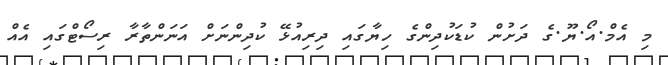
މި އެމް.އޯ.ޔޫ.ގެ ދަށުން ކުޑަކުދިންގެ ހިޔާގައި ދިރިއުޅޭ ކުދިންނަށް އަނަންތާރާ ރިސޯޓްގައި އެއް